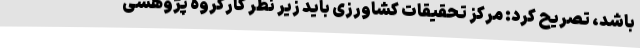
باشد، تصریح کرد: مرکز تحقیقات کشاورزی باید زیر نظر کارگروه پژوهشی